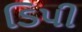
ડિપી